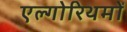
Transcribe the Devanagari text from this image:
एल्गोरिथमों